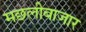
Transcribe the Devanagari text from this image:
मछलीबाजार